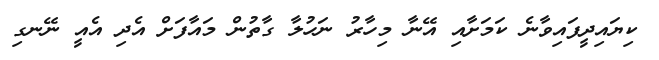
ކިޔައިދީފައިވާނެ ކަމަށާއި އޭނާ މިހާރު ނަހުލާ ގާތުން މައާފަށް އެދި އެއީ ނޭނގި